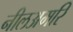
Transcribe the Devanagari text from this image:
नीलअमरि